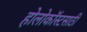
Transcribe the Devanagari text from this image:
होलोकॉस्टसाठी